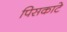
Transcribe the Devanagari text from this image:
पिसकाटे